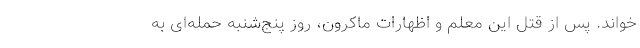
خواند. پس از قتل این معلم و اظهارات ماکرون، روز پنج‌شنبه حمله‌ای به